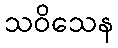
သဝိသေန